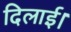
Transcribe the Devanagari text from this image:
दिलाई।